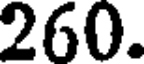
260.